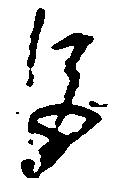
巨